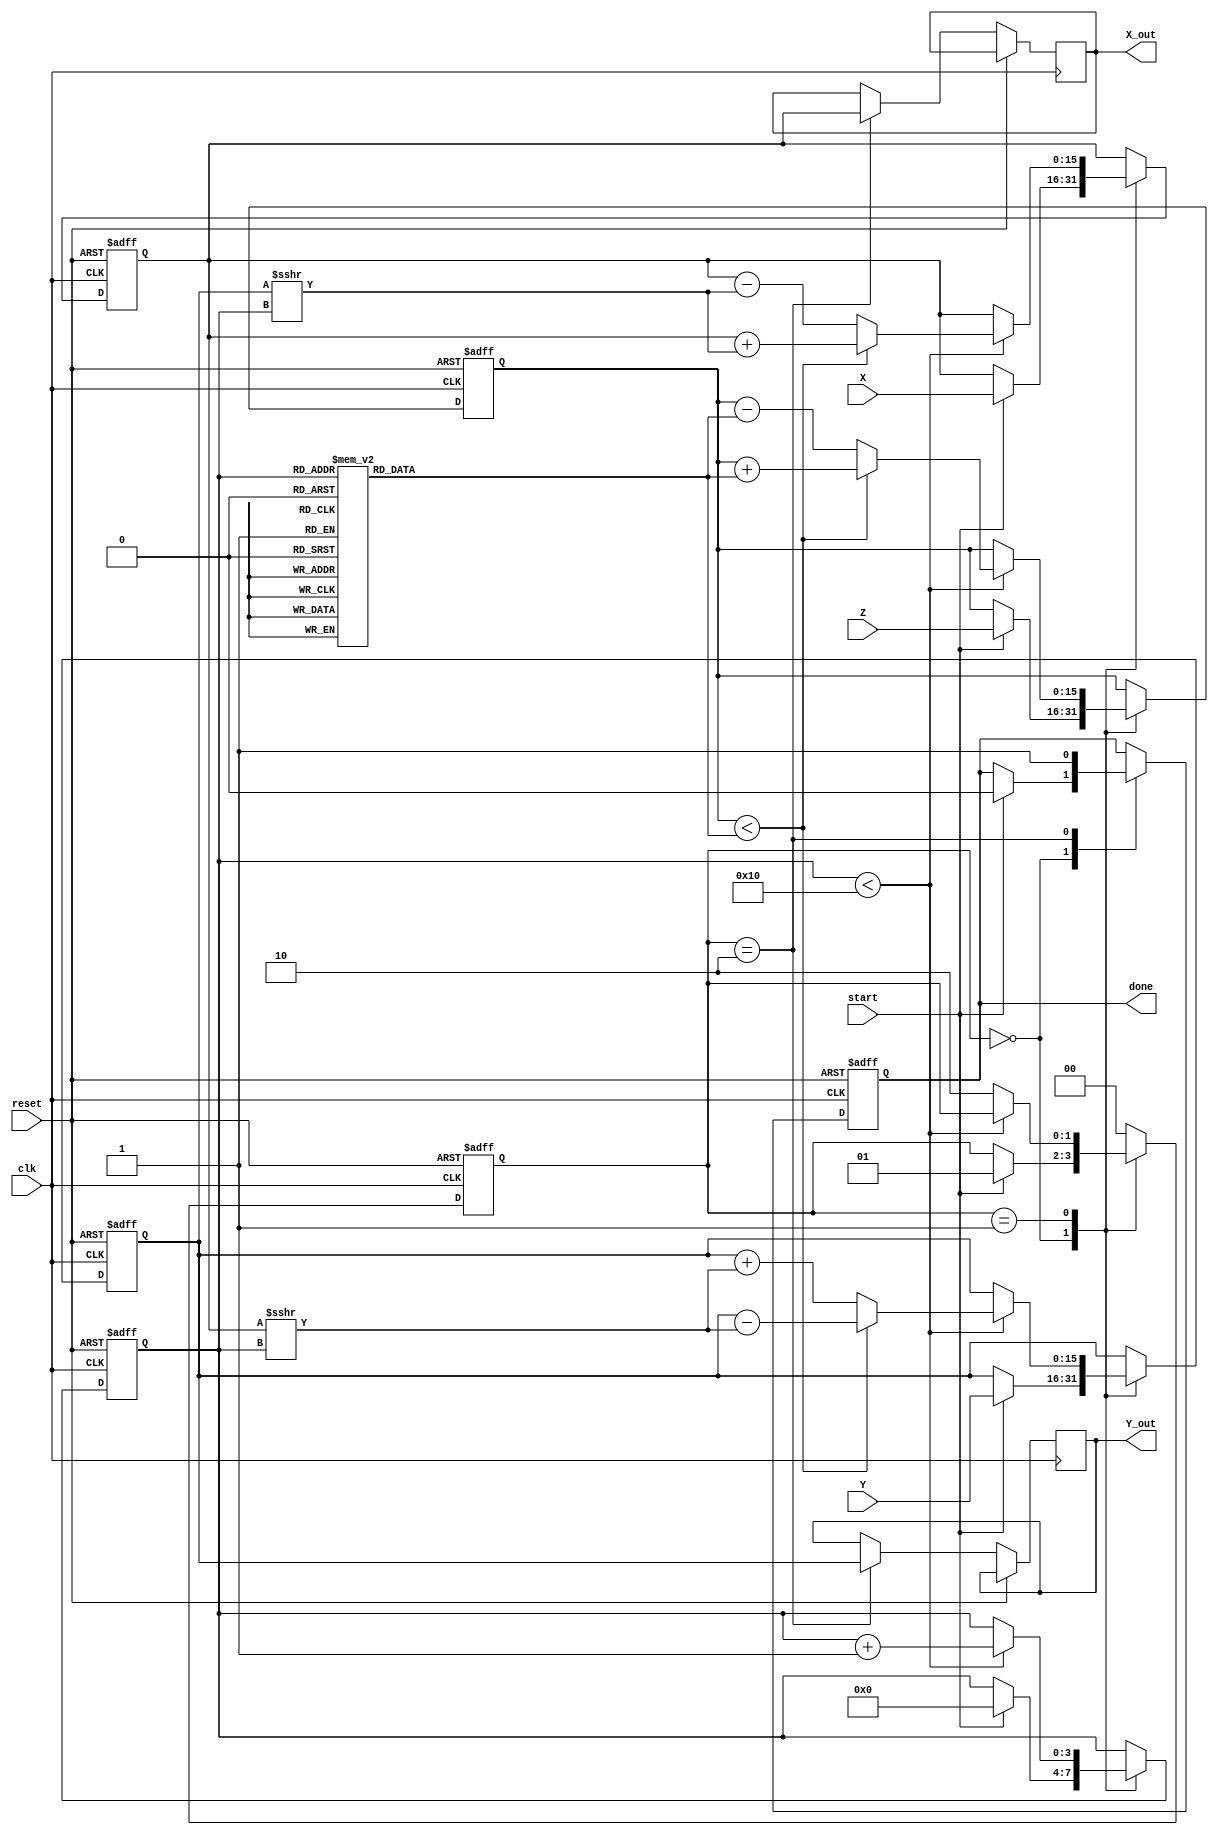
module Complex_CORDIC #(
    parameter N = 16, // Number of iterations
    parameter WIDTH = 16 // Bit width for fixed-point representation
) (
    input wire clk,
    input wire reset,
    input wire start,
    input wire signed [WIDTH-1:0] X, // Real part input
    input wire signed [WIDTH-1:0] Y, // Imaginary part input
    input wire signed [WIDTH-1:0] Z, // Phase angle input
    output reg signed [WIDTH-1:0] X_out, // Real part output
    output reg signed [WIDTH-1:0] Y_out, // Imaginary part output
    output reg done
);

    // Internal registers
    reg signed [WIDTH-1:0] x_reg, y_reg, z_reg;
    reg [3:0] iteration; // To count iterations
    reg [1:0] state; // FSM state

    // State encoding
    localparam INIT = 2'b00, COMPUTE = 2'b01, DONE = 2'b10;

    // Angle table for CORDIC (arctan(2^-i) values)
    reg signed [WIDTH-1:0] angle_table [0:N-1];
    initial begin
        // Precompute arctan values (in fixed-point representation)
        // Example values; these need to be determined based on the application
        angle_table[0] = 16'd16384; // atan(1) = 45 degrees
        angle_table[1] = 16'd8192;  // atan(0.5)
        angle_table[2] = 16'd4096;  // atan(0.25)
        // Continue filling out the angle table...
        // ...
    end

    // FSM for CORDIC operation
    always @(posedge clk or posedge reset) begin
        if (reset) begin
            state <= INIT;
            done <= 0;
            iteration <= 0;
            x_reg <= 0;
            y_reg <= 0;
            z_reg <= 0;
        end else begin
            case (state)
                INIT: begin
                    if (start) begin
                        x_reg <= X;
                        y_reg <= Y;
                        z_reg <= Z;
                        iteration <= 0;
                        state <= COMPUTE;
                        done <= 0;
                    end
                end

                COMPUTE: begin
                    if (iteration < N) begin
                        // CORDIC rotation logic
                        if (z_reg < angle_table[iteration]) begin
                            // Counter-clockwise rotation
                            x_reg <= x_reg + (y_reg >>> iteration);
                            y_reg <= y_reg - (x_reg >>> iteration);
                            z_reg <= z_reg + angle_table[iteration];
                        end else begin
                            // Clockwise rotation
                            x_reg <= x_reg - (y_reg >>> iteration);
                            y_reg <= y_reg + (x_reg >>> iteration);
                            z_reg <= z_reg - angle_table[iteration];
                        end
                        iteration <= iteration + 1;
                    end else begin
                        state <= DONE;
                    end
                end

                DONE: begin
                    X_out <= x_reg;
                    Y_out <= y_reg;
                    done <= 1;
                    state <= INIT; // Optionally return to INIT for next computation
                end

                default: state <= INIT; // Safety default
            endcase
        end
    end
endmodule